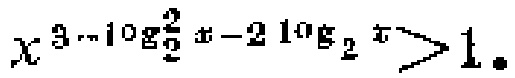
$x^{3 - \log_{\frac{2}{2}}x - 2\log_{2}x}>1$